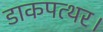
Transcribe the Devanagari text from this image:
डाकपत्थर।